Insane asylums in Bengal annual reports 1867-1875 - 1867-1875
Year: 1867
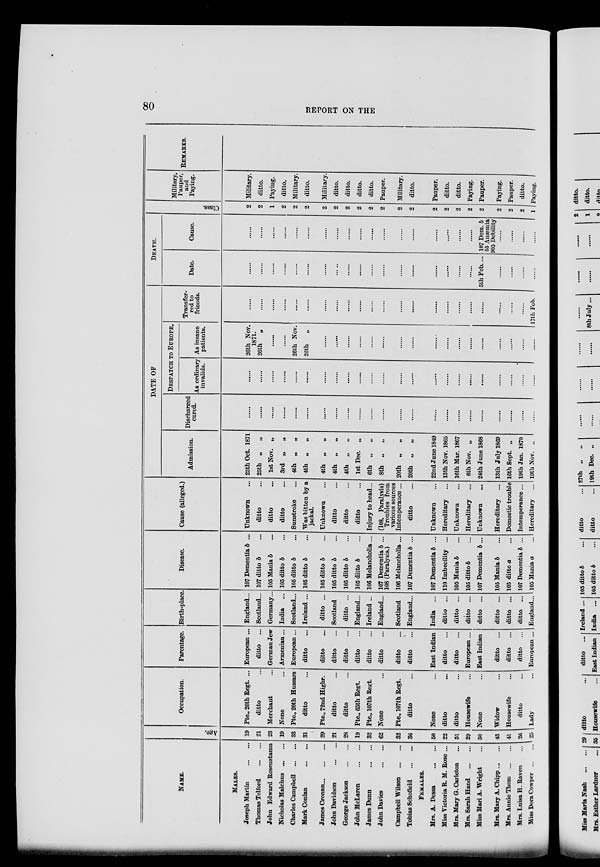
80
REPORT ON THE
NAME.
MALES.
Joseph Martin
...
...
Thomas Telford
...
...
John Edward Rosenstamn
Nicholas Malchus
...
...
Charles Campbell
...
...
Mark Conlan
...
...
James Cronan. ... ... ...
John Davidson
...
...
George Jackson
...
...
John McLaren
...
...
James Dunn
...
...
John Davies
...
...
Campbell Wilson
...
...
Tobias Schofield
...
...
FEMALES.
Mrs. A. Dessa
...
...
Miss Victoria R. M. Rose ...
Mrs. Mary G. Carleton ...
Mrs. Sarah Hand
...
..
Miss Mari A. Wright ...
Mrs. Mary A. Chipp ... ...
Mrs. Annie Thorn
...
...
Mrs. Luisa H. Raven ...
Miss Dora Cowper
...
...
Age.
19
21
23
19
33
31
29
21
28
19
32
62
32
36
50
22
51
29
50
43
41
26
25
Occupation.
Pte., 26th Regt. ...
ditto ...
Merchant ...
None ...
Pte., 20th Hussars
ditto ...
Pte., 72nd Highr.
ditto ...
ditto ...
Pte., 65th Regt.
Pte., 107th Regt.
None ...
Pte, 107th Regt.
ditto ...
None ...
ditto ...
ditto ...
Housewife ...
None ...
Widow ...
Housewife ...
ditto ...
Lady ...
Parentage.
European ...
ditto ...
German Jew
Armenian ...
European ...
ditto ...
ditto ...
ditto ...
ditto ...
ditto ...
ditto ...
ditto ...
ditto ...
ditto ...
East Indian
ditto ...
ditto ...
European ...
East Indian
ditto ...
ditto ...
ditto ...
European ...
Birth-place.
England...
Scotland...
Germany...
India ...
Scotland ...
Ireland ...
ditto ...
Scotland
ditto ...
England...
Ireland ...
England...
Scotland
England...
India
...
ditto ...
ditto ...
ditto ...
ditto ...
ditto ...
ditto ...
ditto ...
England...
Disease.
107 Dementia b ...
107 ditto b ...
105 Mania b ...
105 ditto b ...
105 ditto b ...
105 ditto b ...
105 ditto b ...
105 ditto b ...
105 ditto b ...
105 ditto b ...
106 Melancholia ...
107 Dementia b ...
108 (Paralysis.)
106 Melancholia ...
107 Dementia 5 ...
107 Dementia b ...
110 Imbecility ...
105 Mania b ...
105 ditto b ...
107 Dementia b ...
105 Mania b ...
105 ditto a ...
107 Dementia b ...
105 Mania a ...
Cause (alleged.)
Unknown ...
ditto ...
ditto ...
ditto ...
Sunstroke ...
Was bitten by a
jackal
Unknown ...
ditto ...
ditto ...
ditto ...
Injury to head...
(108, Paralysis)
Troubles from
various sources
Intemperance ...
ditto ...
Unknown ...
Hereditary ...
Unknown ...
Hereditary ...
Unknown ...
Hereditary ...
Domestic trouble
Intemperance ...
Hereditary
...
DATE OF
Admission.
25th Oct. 1871
25th „
„
1st Nov. „
3rd „
„
4th „
„
4th „
„
4th „
„
4th „
„
4th „
„
1st Dec. „
6th „
„
8th „ „
20th „
„
20th „
„
22nd June 1849
13th Nov. 1865
16th Mar. 1867
6th Nov. „
24th June 1868
13th July 1869
16th Sept. „
19th Jan. 1870
19th Nov. „
Discharged
cured.
......
......
......
......
......
......
......
......
......
......
......
......
......
......
......
......
......
......
......
......
......
......
......
DESPATCH TO EUROPE.
As ordinary
invalids.
......
......
......
......
......
......
......
......
......
......
......
......
......
......
......
......
......
......
......
......
......
As insane
patients.
26th Nov.
1871.
26th
„
......
......
26th Nov.
26th
„
......
......
......
......
......
......
......
......
......
......
......
......
......
......
......
......
......
Transfer-
red to
friends.
......
......
......
......
......
......
......
......
......
......
......
......
......
......
......
......
......
......
......
......
......
......
17th Feb.
DEATH.
Date.
......
......
......
......
......
......
......
......
......
......
......
......
......
......
......
......
......
......
5th Feb....
......
......
......
......
Cause.
......
......
......
......
......
......
......
......
......
......
......
......
......
......
......
......
......
......
107 Dem. b
55 Anæmia
905 Debility
......
......
......
Class.
2
2
1
2
2
2
2
2
2
2
2
2
2
2
2
2
2
2
2
2
2
2
1
Military,
Pauper,
and
Paying.
Military.
ditto.
Paying.
ditto.
Military.
ditto.
Military.
ditto.
ditto.
ditto.
ditto.
Pauper.
Military.
ditto.
Pauper.
ditto.
ditto.
Paying.
Pauper.
Paying.
Pauper.
ditto.
Paying.
REMARKS.